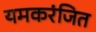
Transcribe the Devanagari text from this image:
यमकरंजित